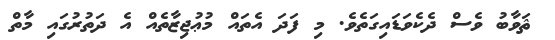
ޘަވާބު ވެސް ދެކެވަޑައިގަތެވެ. މި ފަދަ އެތައް މުޢުޖިޒާތެއް އެ ދަތުރުގައި މާތް